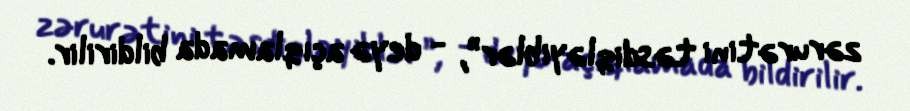
zərurətini təsdiqləyiblər”, - deyə açıqlamada bildirilir.